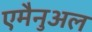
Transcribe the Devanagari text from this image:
एमैनुअल